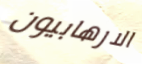
الارهابيون